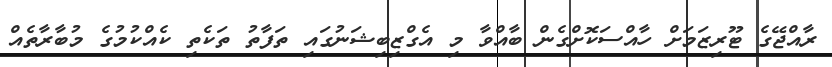
ރާއްޖޭގެ ޓޫރިޒަަމަށް ހާއްސަކޮށްގެން ބާއްވާ މި އެގްޒިބިޝަނުގައި ތަފާތު ތަކެތި ކެއްކުމުގެ މުބާރާތެއް